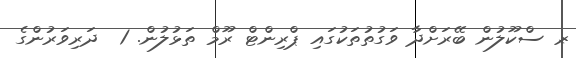
ރ- ސްކޫލުން ބޭރަށްދާ ވަގުތުތަކުގައި ޕްރިންޓް ރޫމް ތަޅުލުން. 1  ދަރިވަރުންގެ